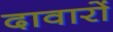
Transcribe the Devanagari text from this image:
दावारों